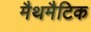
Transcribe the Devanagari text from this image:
मैथमैटिक